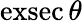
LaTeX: \operatorname{exsec}\theta